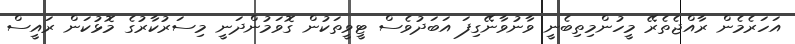
އަހަރެމެން ރާއްޖެތެރޭ މީހުންމިތިބެނީ ވާނުވާނޭގިފަ އަބަދުވެސް ޓީވީތަކުން ގޮވަމުންދަނީ މިސަރުކާރުގެ މޮޅުކަން ރައީސް